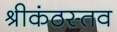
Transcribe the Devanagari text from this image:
श्रीकंठस्तव